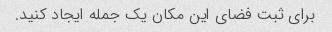
برای ثبت فضای این مکان یک جمله ایجاد کنید.